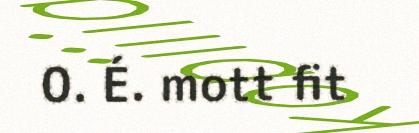
0. É. mott fit